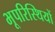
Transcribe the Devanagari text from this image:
भूपरिस्थियों